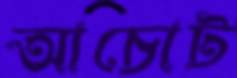
আচোট